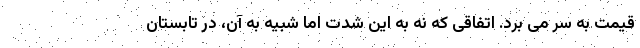
قیمت به سر می برد. اتفاقی که نه به این شدت اما شبیه به آن، در تابستان